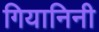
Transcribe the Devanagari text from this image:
गियानिनी